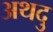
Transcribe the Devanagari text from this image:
अथदु